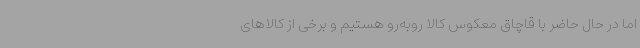
اما در حال حاضر با قاچاق معکوس کالا روبه‌رو هستیم و برخی از کالاهای